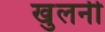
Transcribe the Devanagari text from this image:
खुलनी